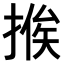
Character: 𢰇